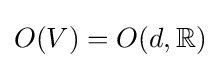
O(V)=O(d,\mathbb {R} )